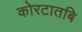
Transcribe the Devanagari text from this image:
कोरटातबि